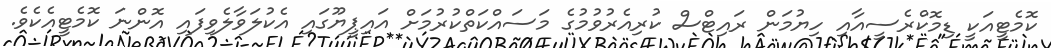
ކޮމެޓީއަކީ ޑިމޮކްރެސީއާއި ހިޔުމަން ރައިޓްސް ކުރިއެރުވުމުގެ މަސައްކަތްކުރުމަށް އައިޕީޔޫގައި އެކުލަވާލެވިފައި އޮންނަ ކޮމެޓީއެކެެވެ.